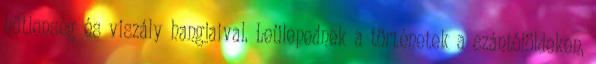
hűtlenség és viszály hangjaival. Leülepednek a történetek a szántóföldeken,